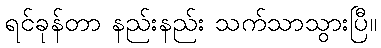
ရင်ခုန်တာ နည်းနည်း သက်သာသွားပြီ။